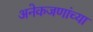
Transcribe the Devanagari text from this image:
अनेकजणांच्या